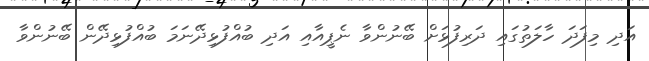
އަދި މިފަދަ ހާލަތުގައި ދަރިފުޅަށް ބޭނުންވާ ނެޕީއާއި އަދި ބުއްފުޅިދޭނަމަ ބުއްފުޅިދޭން ބޭނުންވާ